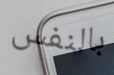
بالنفس